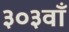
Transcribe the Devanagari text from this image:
३०३वाँ